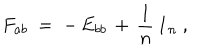
F _ { a b } ^ { } ~ = \; - \, E _ { b b } \, + \, \frac { 1 } { n } \, \mathbf { 1 } _ { n } ~ ,